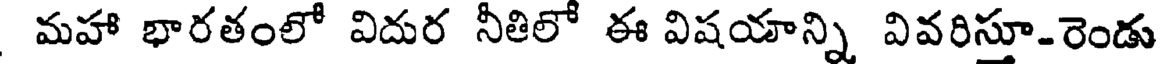
మహా భారతంలో విదుర నీతిలో ఈ విషయాన్ని వివరిస్తూ-రెండు